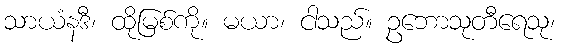
သာယံနဒီ၊ ထိုမြစ်ကို။ မယာ၊ ငါသည်။ ဥဘောသုတီရေသု၊